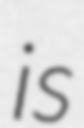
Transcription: is